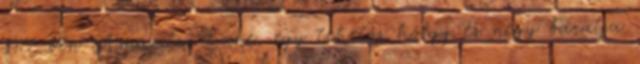
1977-ben Amanda Lane, egy tehetős hölgy és négy barátja